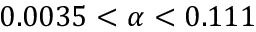
0 . 0 0 3 5 < \alpha < 0 . 1 1 1